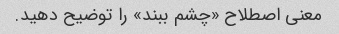
معنی اصطلاح «چشم ببند» را توضیح دهید.